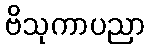
ဗိသုကာပညာ